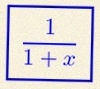
\frac{1}{1+x}